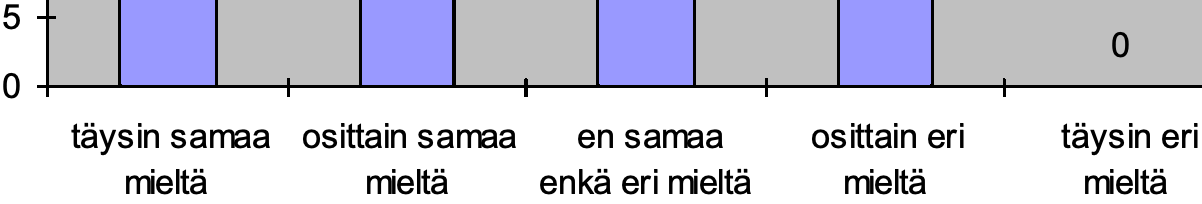
5 0 0 täysin samaa osittain samaa en samaa osittain eri täysin eri mieltä  mieltä enkä eri mieltä mieltä mieltä